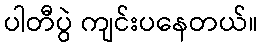
ပါတီပွဲ ကျင်းပနေတယ်။